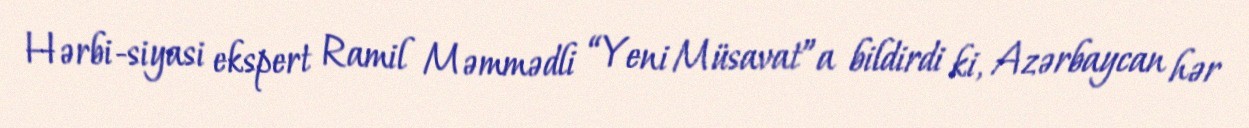
Hərbi-siyasi ekspert Ramil Məmmədli “Yeni Müsavat”a bildirdi ki, Azərbaycan hər